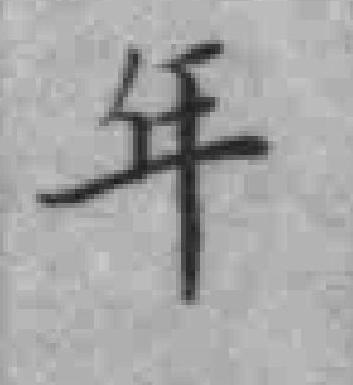
年